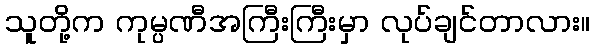
သူတို့က ကုမ္ပဏီအကြီးကြီးမှာ လုပ်ချင်တာလား။